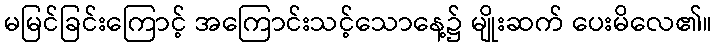
မမြင်ခြင်းကြောင့် အကြောင်းသင့်သောနေ့၌ မျိုးဆက် ပေးမိလေ၏။